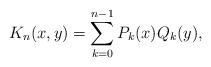
LaTeX: \begin{align*} K_n(x,y) = \sum_{k=0}^{n-1} P_k(x) Q_k(y), \end{align*}